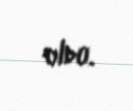
oldu.